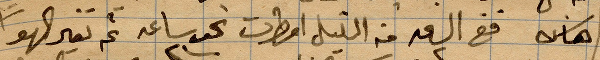
هناك ففي الاساعة من الليل امطرت نحو ساعة ١٢ ثم تغير الهوى